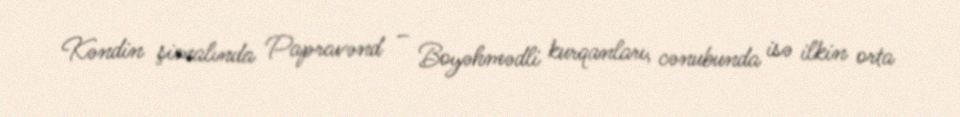
Kəndin şimalında Papravənd – Boyəhmədli kurqanları, cənubunda isə ilkin orta